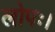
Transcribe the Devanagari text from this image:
लोपः।